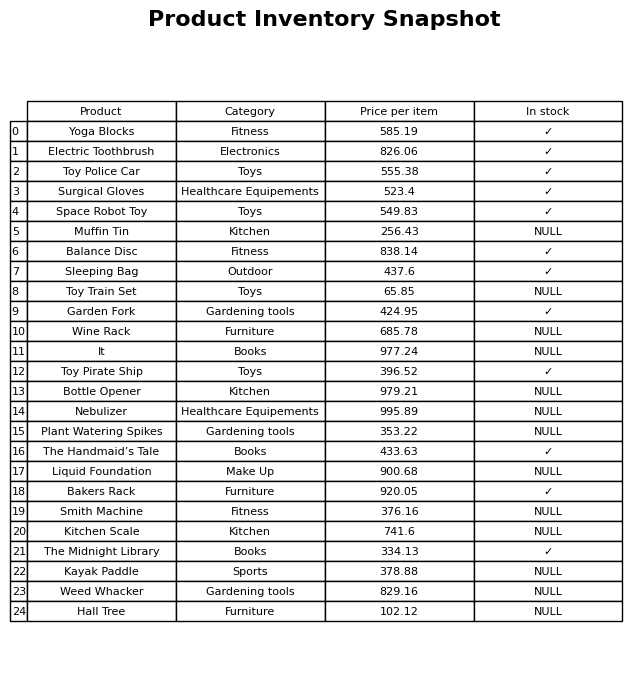
question: What is the price for Toy Train Set?
answer: The price of Toy Train Set is 65.85.